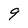
Character: 9